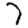
Digit: 7